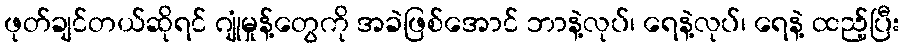
ဖုတ်ချင်တယ်ဆိုရင် ဂျုံမှုန့်တွေကို အခဲဖြစ်အောင် ဘာနဲ့လုပ်၊ ရေနဲ့လုပ်၊ ရေနဲ့ ထည့်ပြီး